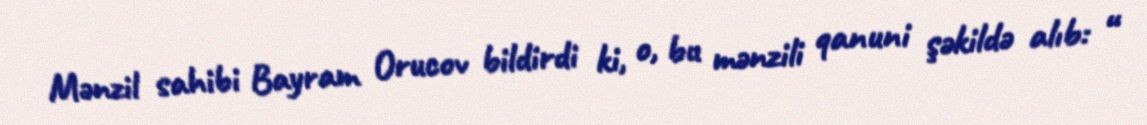
Mənzil sahibi Bayram Orucov bildirdi ki, o, bu mənzili qanuni şəkildə alıb: “